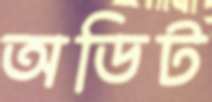
অডিট